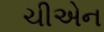
ચીએન